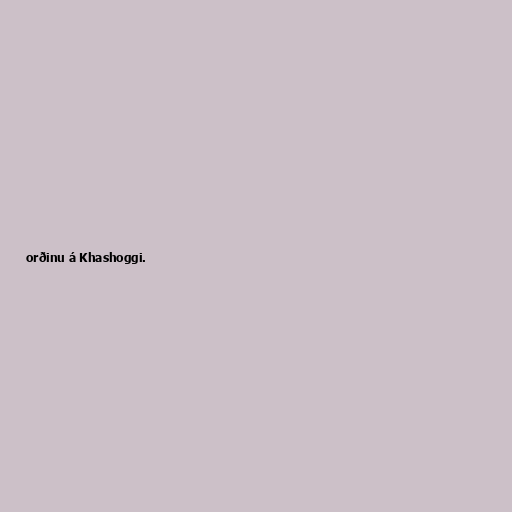
orðinu á Khashoggi.